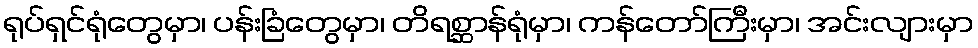
ရုပ်ရှင်ရုံတွေမှာ၊ ပန်းခြံတွေမှာ၊ တိရစ္ဆာန်ရုံမှာ၊ ကန်တော်ကြီးမှာ၊ အင်းလျားမှာ